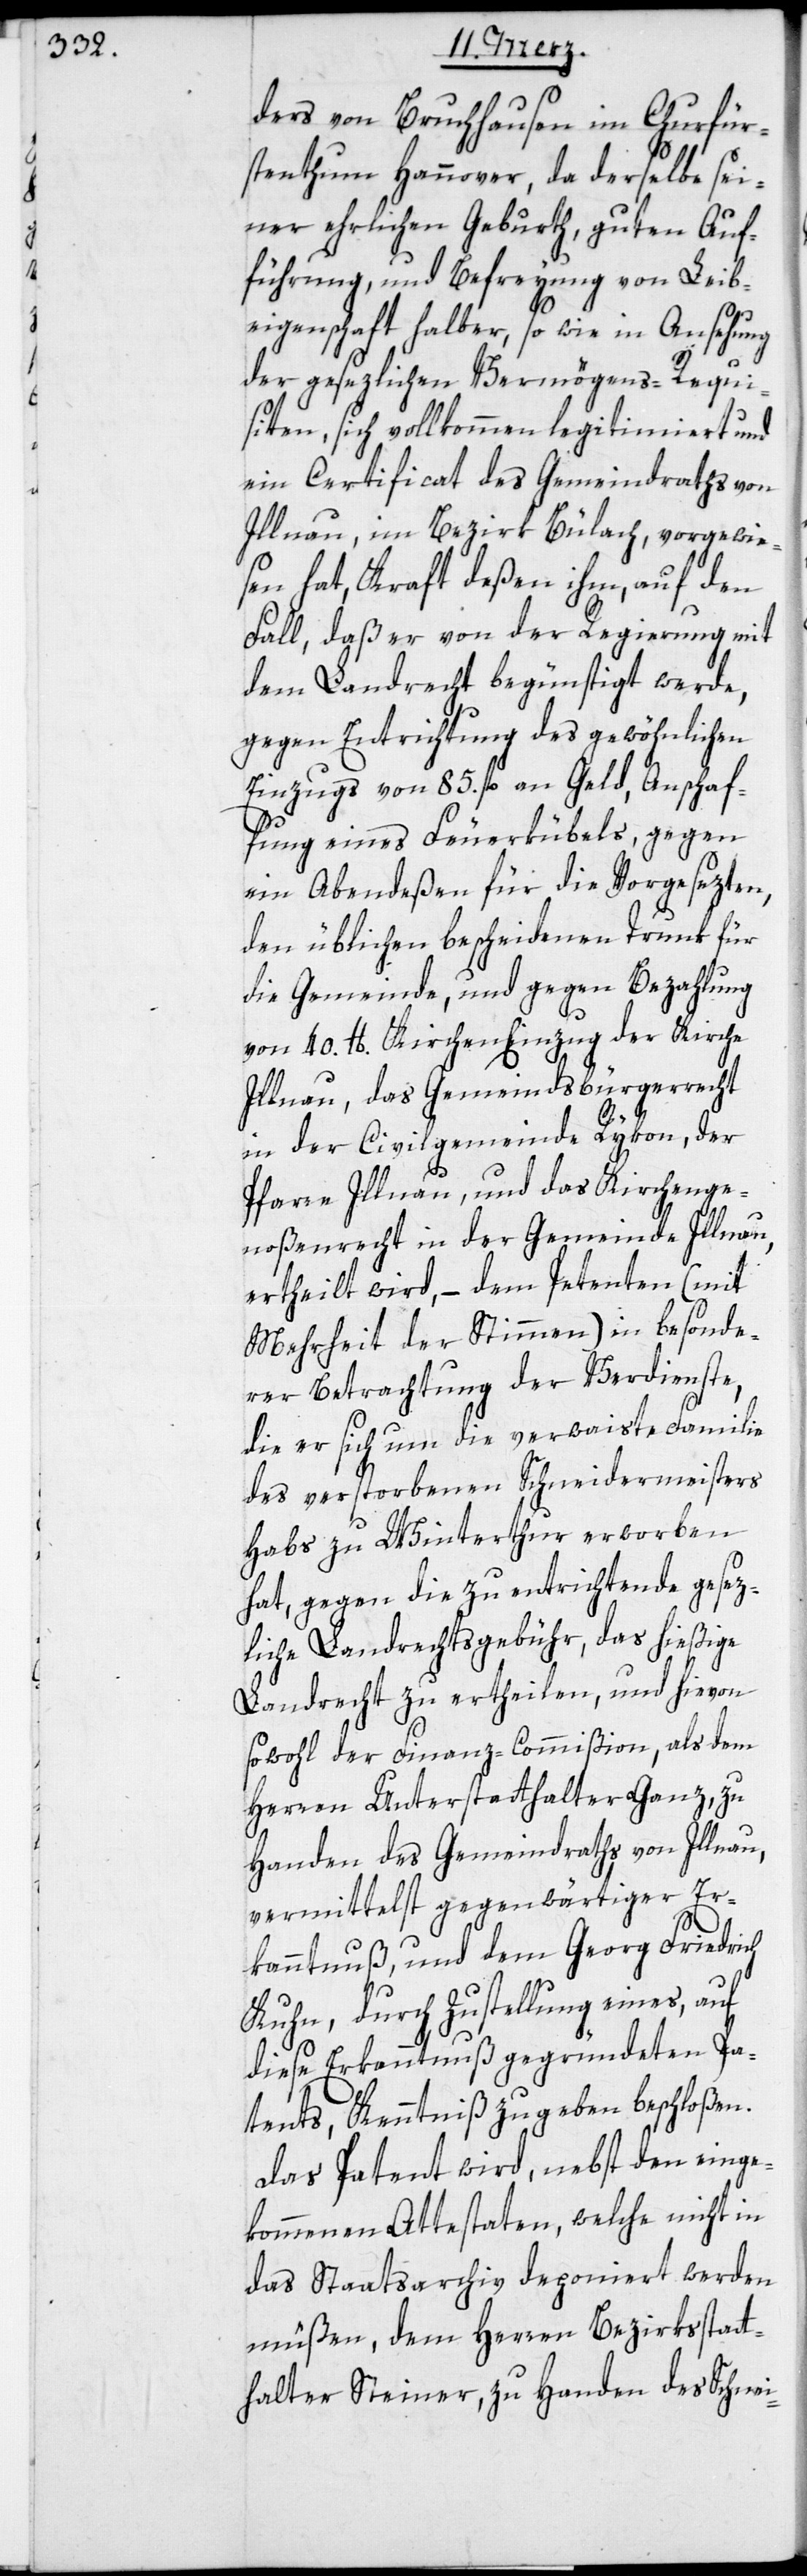
ch

ders von Bruchhausen im Churfür¬
stenthum Hannover, da derselbe sei¬
ner ehrlichen Geburth, guten Auf¬
führung und Befreyung von Leib¬
eigenschaft halber, so wie in Ansehung
der gesezlichen Vermögens-Requi¬
siten, sich vollkommen legitimiert und
ein Certificat des Gemeindraths von
Illnau, im Bezirk Bülach, vorgewie¬
sen hat, Kraft deßen ihm, auf den
Fall, daß er von der Regierung mit
dem Landrecht begünstigt werde,
gegen Entrichtung des gewöhnlichen
Einzugs von 85. fl. an Geld, Anschaf¬
fung eines Feuerkübels, gegen
ein Abendeßen für die Vorgesezten,
den üblichen bescheidenen Trunk für
die Gemeinde, und gegen Bezahlung
von 40. lb. Kirchen Einzug der Kirche
Illnau, das Gemeindsbürgerrecht
Pfarre Illnau, und das Kirchenge¬
noßenrecht in der Civilgemeinde Illnau,
ertheilt wird, – dem Petenten (mit
Mehrheit der Stimmen) in besonde¬
rer Betrachtung der Verdienste,
die er sich um die verwaiste Familie
des verstorbenen Scheidermeisters
Habs zu Winterthur erworben
hat, gegen die zu entrichtende gesez¬
liche Landrechtsgebühr, das hießige
Landrecht zu ertheilen, und hievon
sowohl der Finanz-Commißion, als dem
Herren Unterstatthalter Ganz, zu
Handen des Gemeindraths von Illnau,
vermittelst gegenwärtiger Er¬
kanntnuß, und dem Georg Friedri¬
Kuhn, durch Zustellung eines, auf
diese Erkanntnuß gegründeten Pa¬
tents, Kenntniß zu geben beschloßen.
Das Patent wird, nebst den einge¬
kommenen Attestaten, welche nicht in
das Staatsarchiv deponiert werden
müßen, dem Herren Bezirksstatt¬
halter Steiner, zu Handen des Schnei-